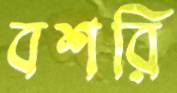
বশরি